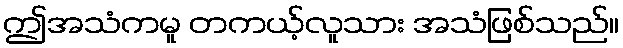
ဤအသံကမူ တကယ့်လူသား အသံဖြစ်သည်။